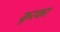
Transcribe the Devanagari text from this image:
कूरका